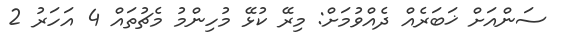
ސަންއަށް ޚަބަރެއް ދެއްވުމަށް: މިރޭ ކުޅޭ މުހިންމު މެޗުތައް 4 އަހަރު 2